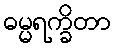
ဓမ္မရက္ခိတာ